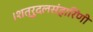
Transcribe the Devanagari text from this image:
।शत्रुदलसंहारिणी